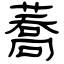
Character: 蕎